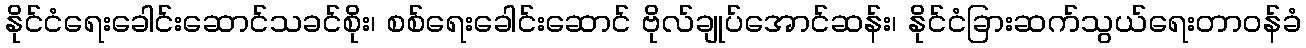
နိုင်ငံရေးခေါင်းဆောင်သခင်စိုး၊ စစ်ရေးခေါင်းဆောင် ဗိုလ်ချုပ်အောင်ဆန်း၊ နိုင်ငံခြားဆက်သွယ်ရေးတာဝန်ခံ